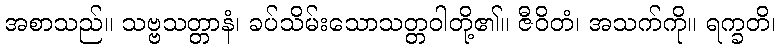
အစာသည်။ သဗ္ဗသတ္တာနံ၊ ခပ်သိမ်းသောသတ္တဝါတို့၏။ ဇီဝိတံ၊ အသက်ကို။ ရက္ခတိ၊